38_143685_box7_Incident_Summaries_1-100
Agency: Department of War
Page 87
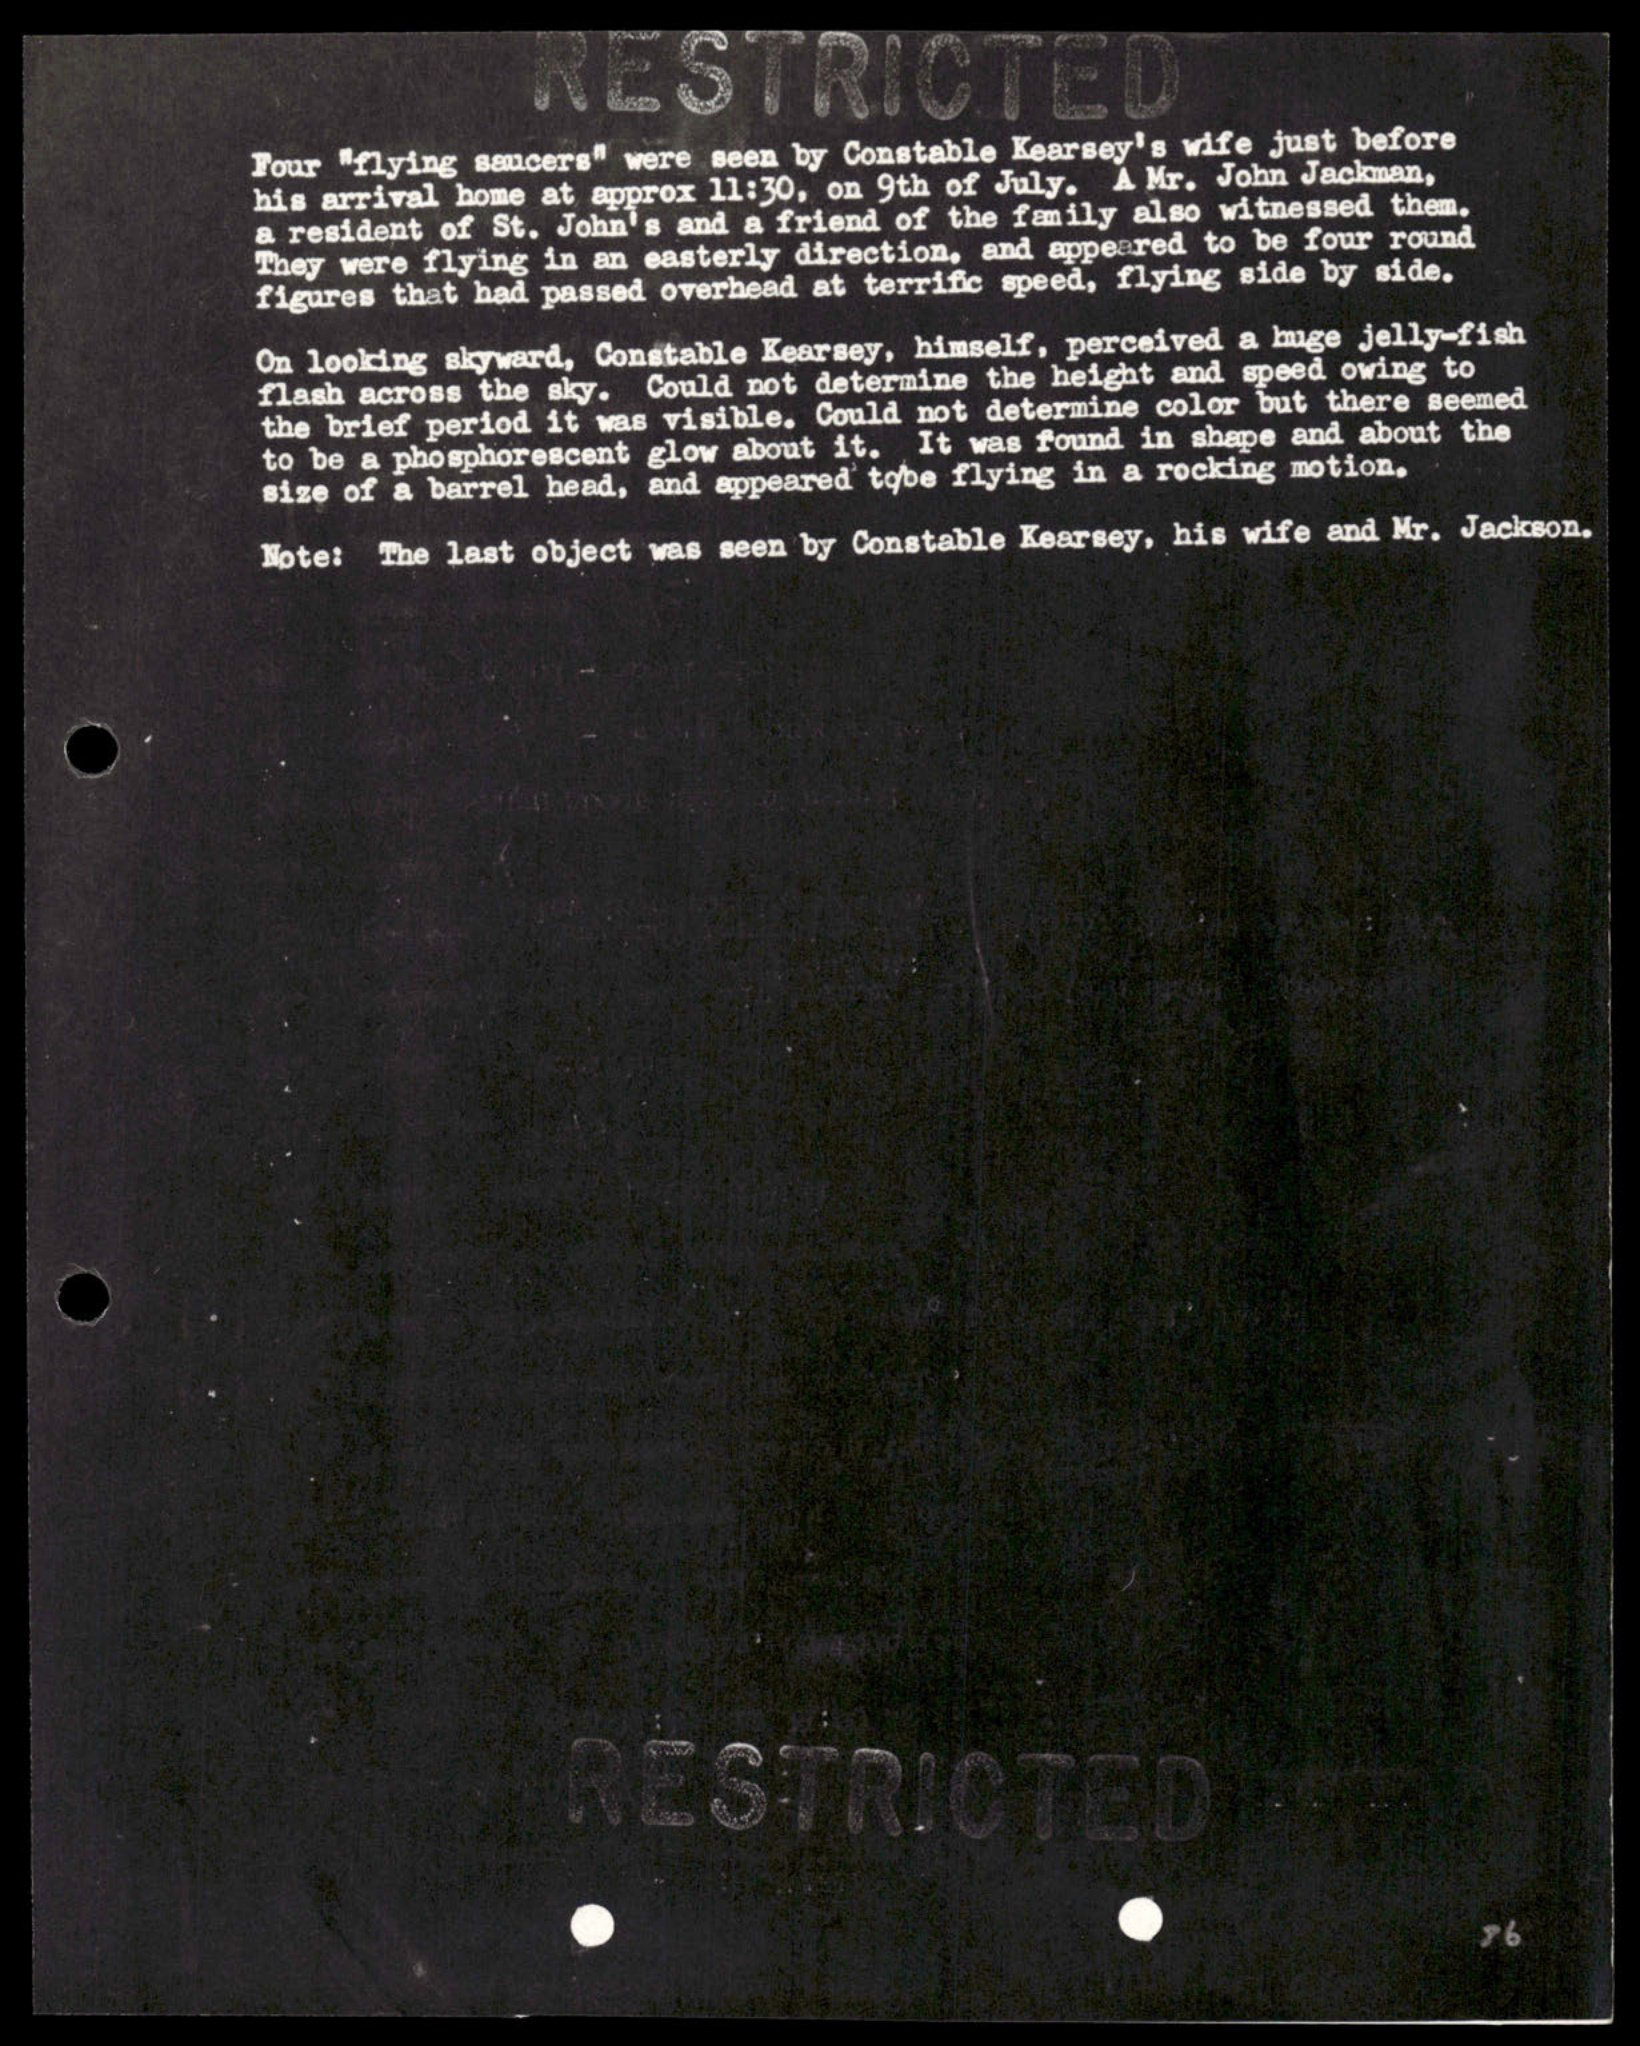